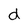
Character: d